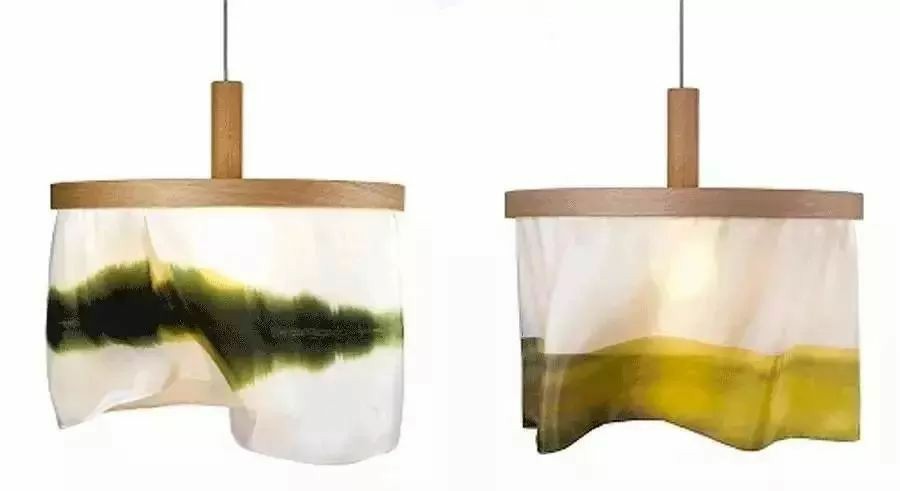
今夕复何夕，共此灯烛光。